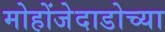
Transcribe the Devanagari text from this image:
मोहोंजेदाडोच्या